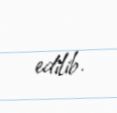
edilib.